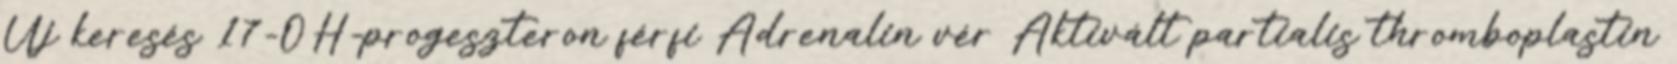
Új keresés 17-OH-progeszteron férfi Adrenalin vér Aktivált partialis thromboplastin